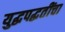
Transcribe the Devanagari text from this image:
युद्धपद्धतींचा